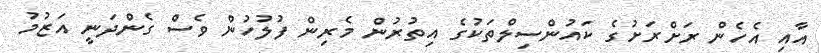
އާއި އެހެން ރަށްރަށުގެ ކައުންސިލްތަކުގެ އިތުރުން މެރިން ފުލުހުން ވެސް ގެންދަނީ އަޒުމު